Report on vaccination in Madras 1922-1929 - 1922-1929
Year: 1922
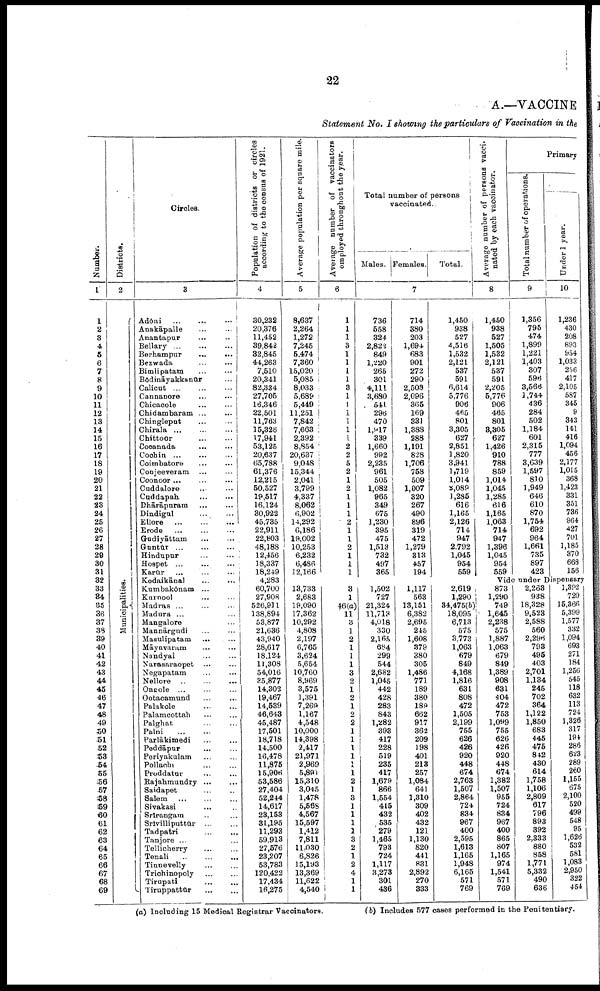
22
A.—VACCINE
Statement No. I showing the particulars of Vaccination in the
Number.
1
1
2
3
4
5
6
7
8
9
10
11
12
13
14
15
16
17
18
19
20
21
22
23
24
25
26
27
28
29
30
31
32
33
34
35
36
37
38
39
40
41
42
43
44
45
46
47
48
49
50
51
52
53
54
55
56
57
58
59
60
61
62
63
64
65
66
67
68
69
Districts.
2
Municipalities.
Circles.
3
Adōni
...
...
...
Anakāpalle ... ...
Anantapur ... ...
Bellary ... ... ...
Berhampur ... ...
Bezwada ... ...
Bimlipatam ... ...
Bōdināyakkanūr ...
Calicut ... ... ...
Cannanore ... ...
Chicacole ... ...
Chidambaram ... ...
Chingleput ... ...
Chirala ... ... ...
Chittoor
...
...
Cocanada ... ...
Cochin ... ... ...
Coimbatore ... ...
Conjeeveram
...
...
Coonoor ... ... ...
Cuddalore ... ...
Cuddapah
...
...
Dhārāpuram ... ...
Dindigul ... ...
Ellore
...
...
...
Erode
...
...
...
Gudiyāttam ... ...
Guntūr
...
...
Hindupur
...
...
Hospet ... ... ...
Karūr ... ... ...
Kodaikānal ... ...
Kumbakōnam ...
Kurnool ... ...
Madras ... ... ...
Madura ... ...
Mangalore ...
Mannārgudi ... ...
Masulipatam
...
...
Māyavaram ... ...
Nandyal ... ...
Narasaraopet ... ...
Negapatam ... ...
Nellore
...
...
...
Ongole ... ... ...
Ootacamund ... ...
Palakole
...
...
Palamcottah ... ...
Palghat ... ...
Palni
...
...
Parlākimedi
...
...
Peddāpur ... ...
Periyakulam ... ...
Pollachi
...
...
Proddatur ... ...
Rajahmundry ... ...
Saidapet ... ...
Salem ... ... ...
Sivakasi ... ...
Srīrangam ... ...
Srīvilliputtūr ... ...
Tadpatri ... ...
Tanjore ... ...
Tellicherry ... ...
Tenali
...
...
...
Tinnevelly ... ...
Trichinopoly ... ...
Tirupati
...
...
Tiruppattūr ... ...
Population of districts or circles
according to the census of 1921.
4
30,232
20,376
11,452
39,842
82,845
44,263
7,510
20,341
82,334
27,705
16,346
22,501
11,763
15,326
17,941
53,125
20,637
65,788
61,376
12,215
50,527
19,517
16,124
30,922
45,735
22,911
22,803
48,188
12,456
18,337
18,249
4,283
60,700
27,908
526,911
138,894
53,877
21,636
43,940
28,617
18,124
11,308
54,016
35,877
14,302
19,467
14,539
46,643
45,487
17,501
18,718
14,500
16,478
11,875
15,906
53,586
27,404
52,244
14,617
23,153
31,195
11,293
59,913
27,576
23,207
53,783
120,422
17,434
16,275
Average population per square mile.
5
8,637
2,264
1,272
7,245
5,474
7,360
15,020
5,085
8,033
5,689
5,449
11,251
7,842
7,663
2,392
8,854
20,637
9,048
15,344
2,041
3,799
4,337
8,062
6,902
14,292
6,186
19,002
10,253
6,232
6,486
12,166
Average number of vaccinators
employed throughout the year.
6
1
1
1
3
1
1
1
1
3
1
1
1
1
1
1
2
2
5
2
1
2
1
1
1
2
1
1
2
1
1
1
Total number of persons
vaccinated.
Males. Females.
Total.
7
736
558
324
2,822
849
1,220
265
301
4,111
3,680
541
296
470
1,917
339
1,660
992
2,235
961
505
1,082
965
349
675
1,230
395
475
1,513
732
497
365
714
380
203
1,694
683
901
272
290
2,503
2,096
365
169
831
1,388
288
1,191
828
1,706
758
509
1,007
320
267
490
896
319
472
1,279
318
457
194
1,450
938
527
4,516
1,532
2,121
537
591
6,614
5,776
906
465
801
3,305
627
2,851
1,820
3,941
1,719
1,014
1,089
1,285
616
1,165
2,126
714
947
2,792
1,045
954
559
Average number of persons vacci
nated by each vaccinator.
8
1,450
938
527
1,505
1,532
2,121
537
591
2,205
5,776
906
465
801
3,305
627
1,426
910
788
859
1,014
1,045
1,285
616
1,165
1,063
714
947
1,396
1,045
954
559
Primary
Total number of operations.
9
1,356
795
474
1,899
1,221
1,403
307
596
3,566
1,744
436
284
502
1,184
601
2,315
777
3,639
1,597
810
1,949
646
610
870
1,754
692
964
1,661
735
897
423
Under 1 year.
10
1,236
430
208
893
954
1,033
256
417
2,105
587
345
9
343
141
416
1,094
456
2,177
1,015
368
1,423
331
351
736
964
427
701
1,185
370
668
156
Vide under Dispensary
13,733
2,683
19,090
17,362
10,292
4,808
2,197
6,765
3,624
5,654
10,760
8,969
3,575
1,391
7,269
1,167
4,548
10,000
14,398
2,417
21,971
2,969
5,891
15,310
3,045
1,478
5,668
4,567
15,597
1,412
7,811
11,030
6,826
15,193
13,369
11,622
4,540
3
1
46(a)
11
3
1
2
1
1
1
3
2
1
2
1
2
2
1
1
1
1
1
1
2
1
3
1
1
1
1
3
2
1
2
4
1
1
1,502
727
21,324
11,713
4,018
330
2,165
684
299
544
2,682
1,045
442
428
283
843
1,282
393
417
228
519
235
417
1,679
866
1,554
415
432
535
279
1,465
793
724
1,117
3,273
301
436
1,117
563
13,151
6,382
2,695
245
1,608
379
380
305
1,486
771
189
380
189
662
917
362
209
198
401
213
257
1,084
641
1,310
309
402
432
121
1,130
820
441
831
2,892
270
333
2,619
1,290
34,475(b)
18,095
6,713
575
3,773
1,063
679
849
4,168
1,816
631
808
472
1,505
2,199
755
626
426
920
448
674
2,763
1,507
2,864
724
834
967
400
2,595
1,613
1,165
1,948
6,165
571
769
873
1,290
749
1,645
2,238
575
1,887
1,063
679
849
1,389
908
631
404
472
753
1,099
755
626
426
920
448
674
1,382
1,507
955
724
834
967
400
865
807
1,165
974
1,541
571
769
2,263
938
18,328
9,523
2,588
560
2,296
793
495
403
2,701
1,134
245
702
364
1,122
1,850
683
445
475
842
430
614
1,758
1,106
2,809
617
796
893
392
2,333
880
858
1,771
5,332
490
636
1,392
720
15,366
5,399
1,577
332
1,094
693
271
184
1,256
545
118
632
113
724
1,326
317
191
286
623
289
260
1,155
675
2,100
520
499
548
95
1,626
532
581
1,083
2,950
322
454
(a) Including 15 Medical Registrar Vaccinators.
(b) Includes 577 cases performed in the Penitentiary.